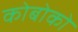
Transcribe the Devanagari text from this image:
कोबोको